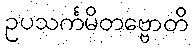
ဥပသင်္ကမိတဗ္ဗောတိ